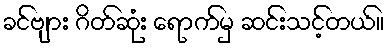
ခင်ဗျား ဂိတ်ဆုံး ရောက်မှ ဆင်းသင့်တယ်။